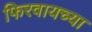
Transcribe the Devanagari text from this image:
फिरवायच्या